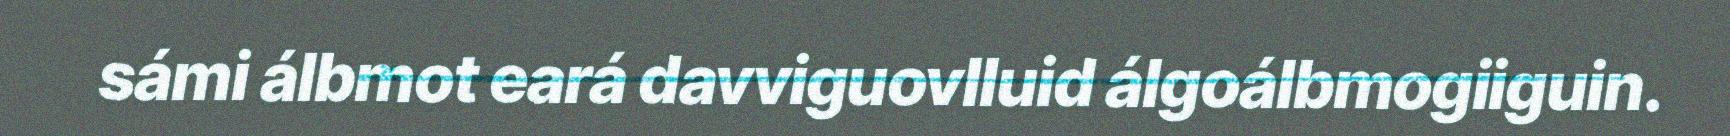
sámi álbmot eará davviguovlluid álgoálbmogiiguin.